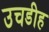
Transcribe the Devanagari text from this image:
उचडीह